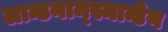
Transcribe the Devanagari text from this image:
लान्डनाम्स्मान्डेन